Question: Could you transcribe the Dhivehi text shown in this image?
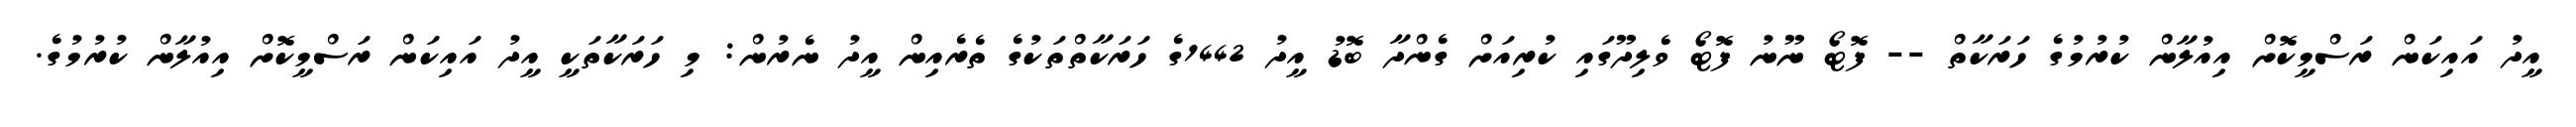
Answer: އީދު އައިކަން ރަސްމީކޮށް އިއުލާން ކުރުމުގެ ހަރަކާތް -- ފޮޓޯ ނޫނު ފޮޓޯ ވެލިދޫގައި ކުރިއަށް ގެންދާ ބޮޑު އީދު 1442ގެ ހަރަކާތްތަކުގެ ތެރެއިން އީދު ނެރުން: މި ހަރަކާތަކީ އީދު އައިކަން ރަސްމީކޮށް އިއުލާން ކުރުމުގެ.